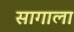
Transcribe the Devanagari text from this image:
सागाला